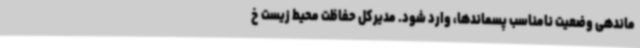
ماندهی وضعیت نامناسب پسماندها، وارد شود. مدیرکل حفاظت محیط زیست خ